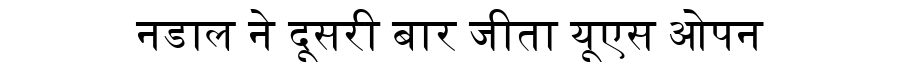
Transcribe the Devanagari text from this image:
नडाल ने दूसरी बार जीता यूएस ओपन